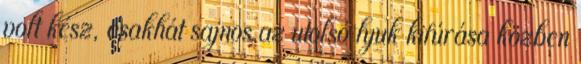
volt kész, csakhát sajnos az utolsó lyuk kifúrása közben